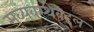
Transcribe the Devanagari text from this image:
सुव्यवस्थेबद्दल